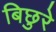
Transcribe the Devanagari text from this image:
बिछुरे